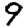
Digit: 9